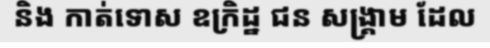
និង កាត់ទោស ឧក្រិដ្ឋ ជន សង្គ្រាម ដែល